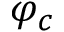
\varphi _ { c }